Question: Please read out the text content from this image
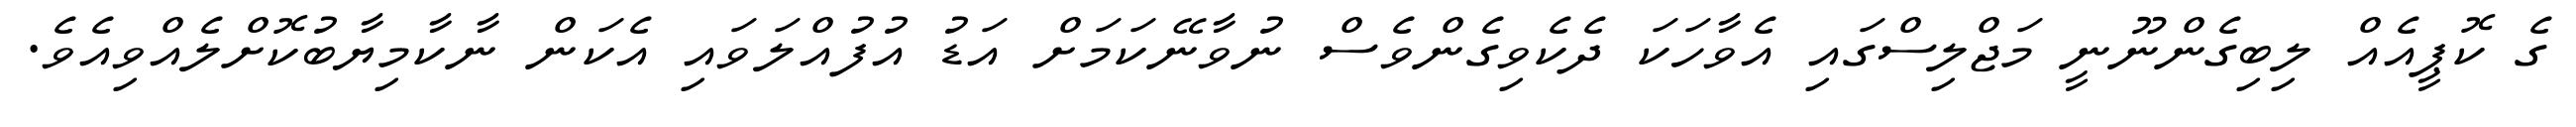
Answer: ގެ ކޮޕީއެއް ލިބިގެންނޫނީ މަޖްލިސްގައި އެވާހަކަ ދެކެވިގެންވެސް ނުވާނޭކަމަށް އަޑު އުފުއްލަވައި އެކަން ނާކާމިޔާބުކޮށްލެއްވިއެވެ.